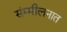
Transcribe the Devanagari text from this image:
संम्मीलनात